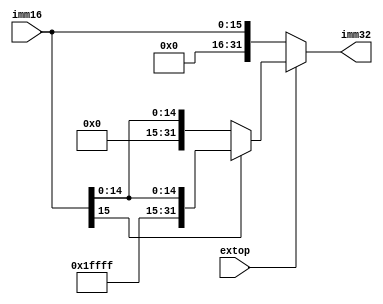
module extension(imm16,imm32,extop);
    input [15:0] imm16;
    input extop;
    output [31:0] imm32;

    reg [31:0] imm32;

    always @(extop,imm16)
    begin
        if (extop)//
        begin
            if (imm16[15]) imm32<={16'hffff,imm16};
            else imm32<={16'h0000,imm16};
        end
        else imm32<={16'h0000,imm16};//0
    end

endmodule //